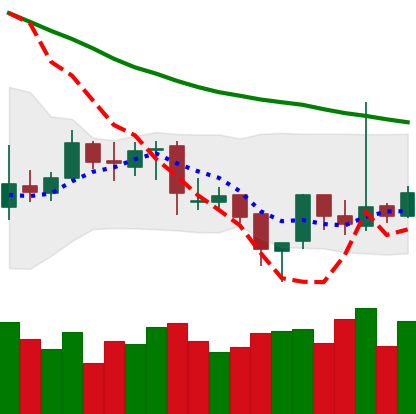
Ticker: XRP-USD
Chart end date: 2019-04-01
Forward return: 13.32%
Label: up_7plus